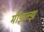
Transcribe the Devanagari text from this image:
मीझल्झ